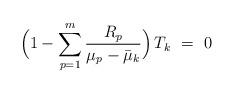
LaTeX: \begin{align*}\Bigl( 1-\sum_{p=1}^m \frac{R_p}{\mu_p-\bar{\mu}_k} \Bigr)\,T_k\ =\ 0\end{align*}